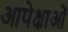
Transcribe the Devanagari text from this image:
आपेक्षाओं